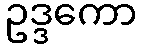
ဥဒ္ဒကော